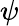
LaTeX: \psi